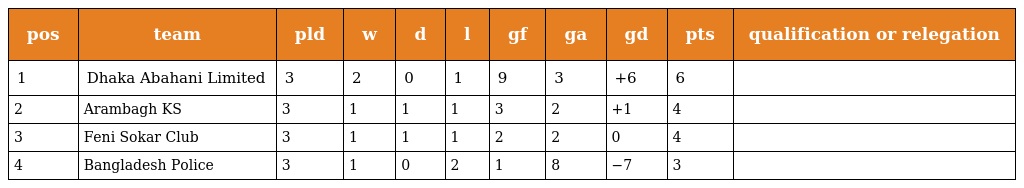
| pos | team | pld | w | d | l | gf | ga | gd | pts | qualification or relegation |
 | --- | --- | --- | --- | --- | --- | --- | --- | --- | --- | --- |
 | 1 | Dhaka Abahani Limited | 3 | 2 | 0 | 1 | 9 | 3 | +6 | 6 |  |
 | 2 | Arambagh KS | 3 | 1 | 1 | 1 | 3 | 2 | +1 | 4 |  |
 | 3 | Feni Sokar Club | 3 | 1 | 1 | 1 | 2 | 2 | 0 | 4 |  |
 | 4 | Bangladesh Police | 3 | 1 | 0 | 2 | 1 | 8 | −7 | 3 |  |